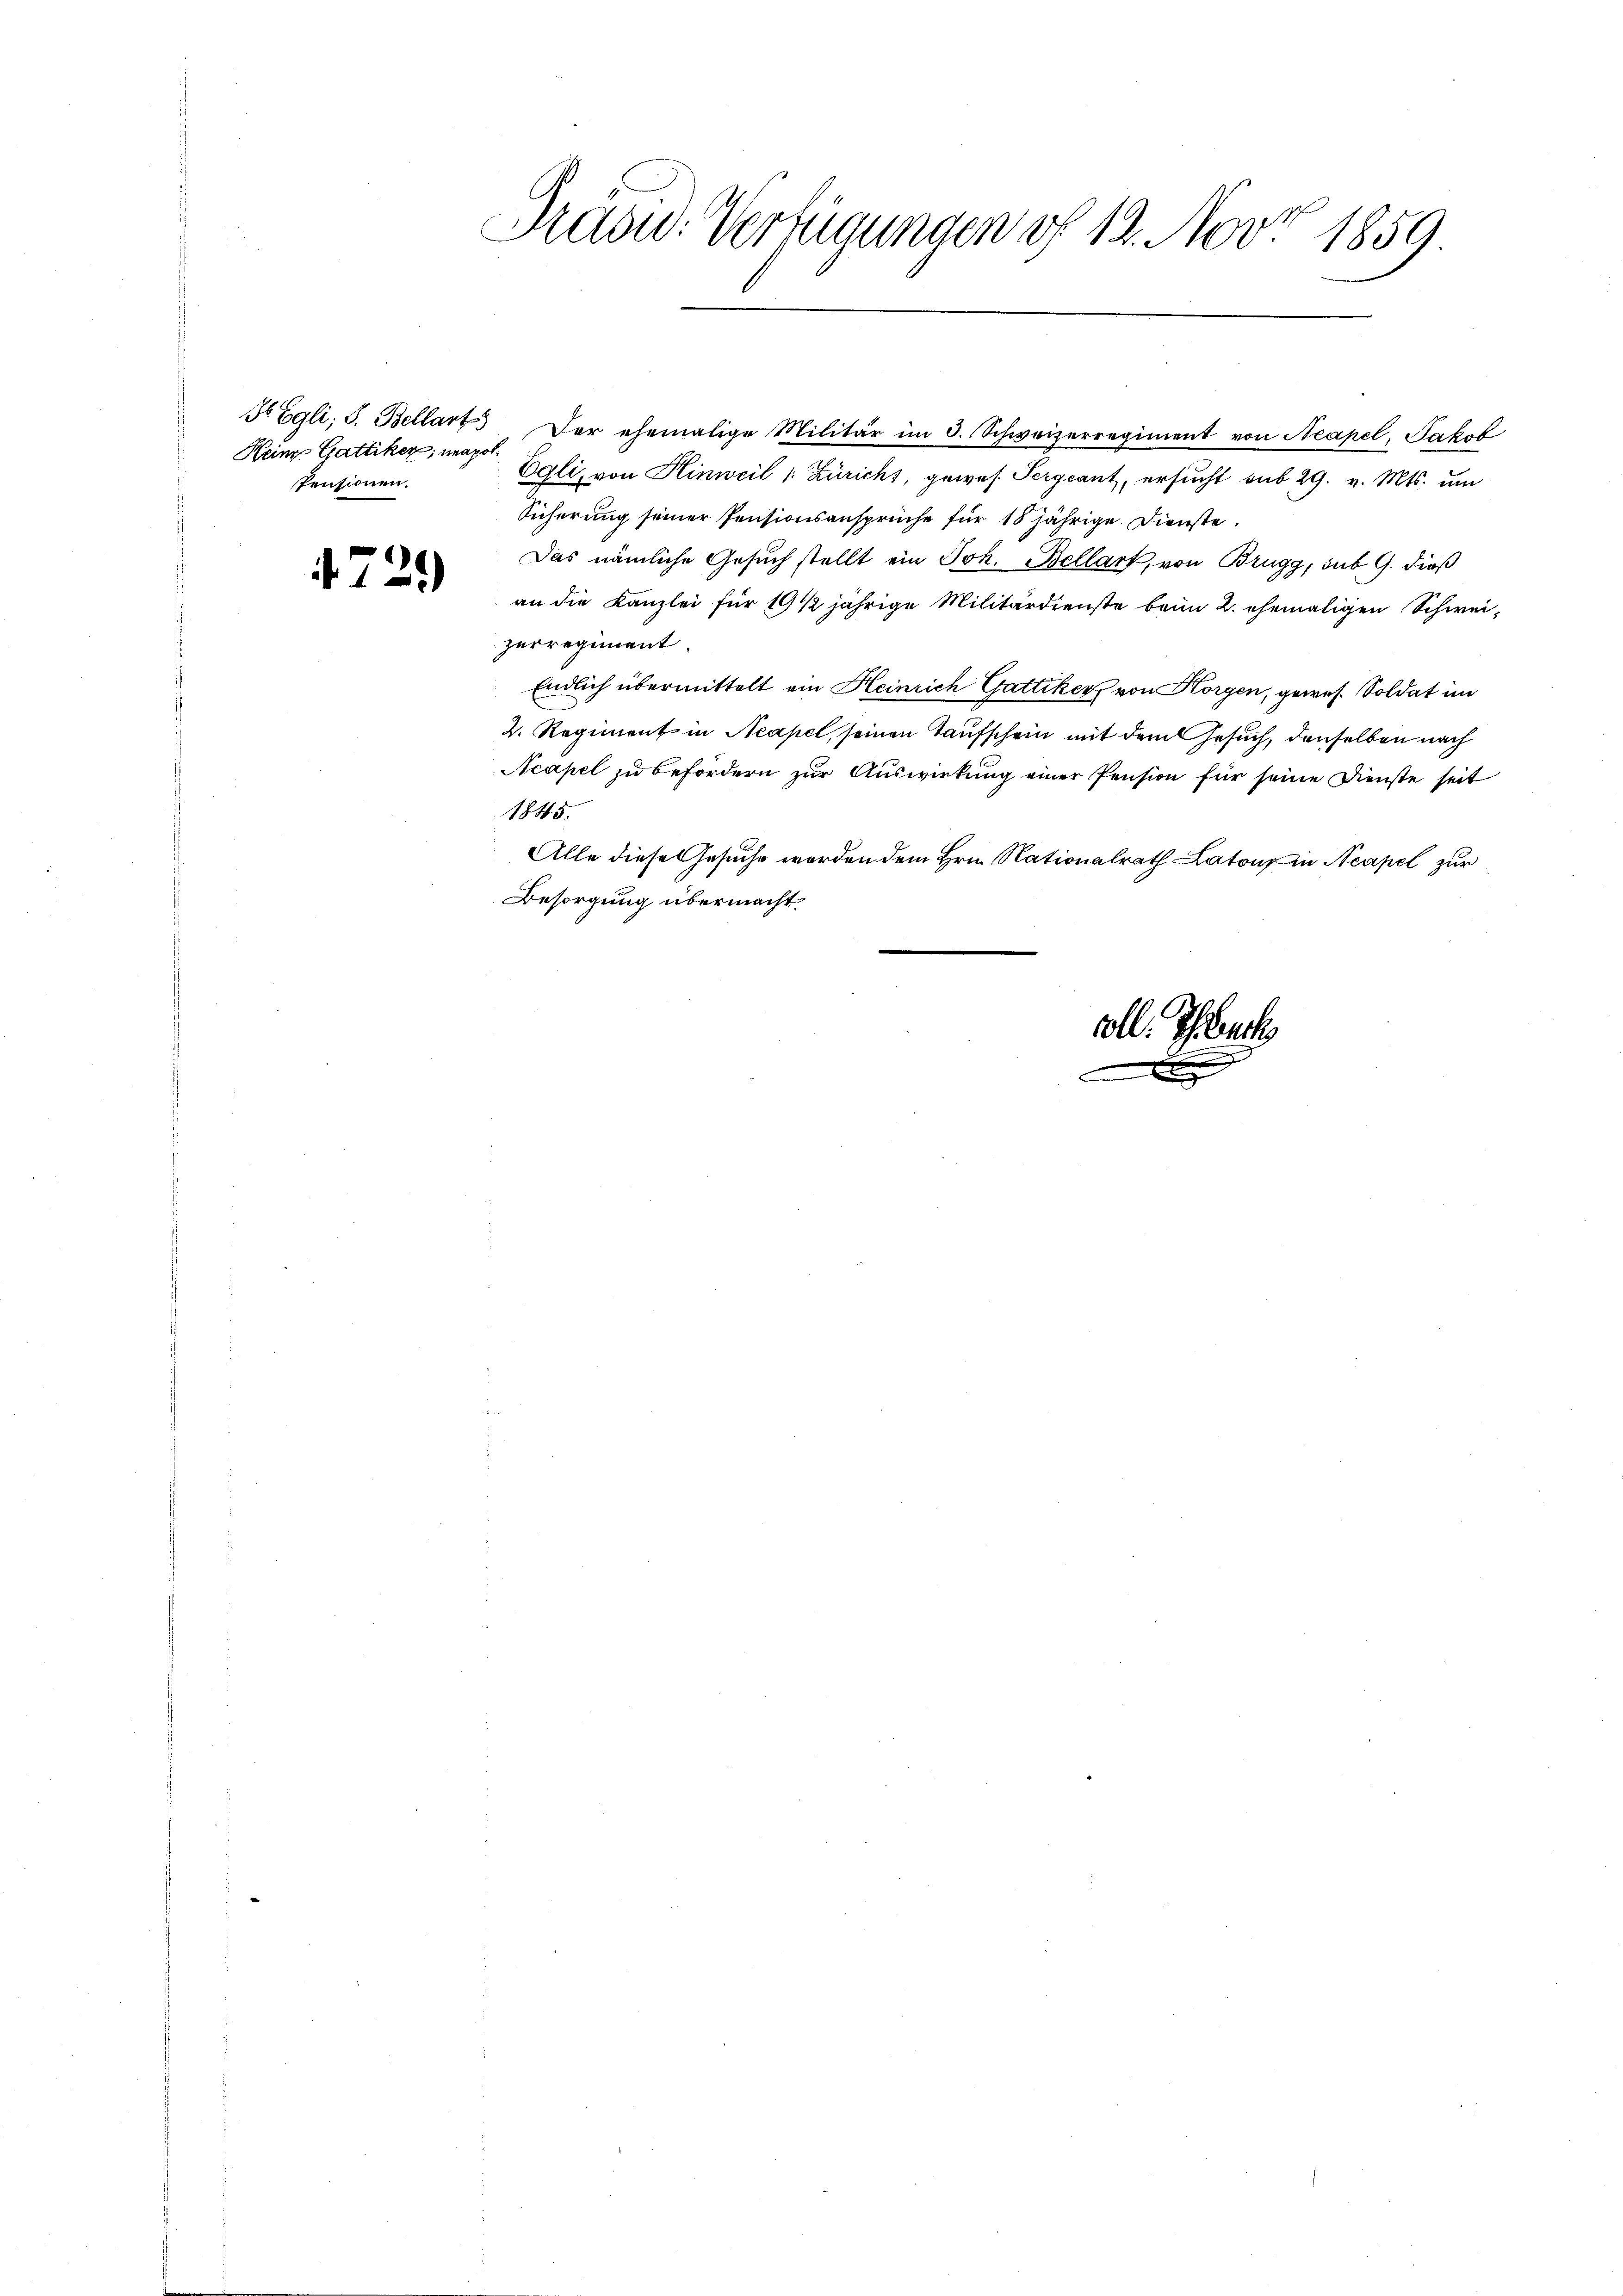
Heine Gattiker, unapol.
Pensionen.

472.

.
Präsu: Verzigungen § 19. Nov. 1859.
ge

Fr Egli, S. Bellart. Der ehemalige Militär im 3. Schweizerregiment von Neapel, Jakob
Egli, von Hinweil (: Zürichs, gewes Sergcant, ersucht sub 29. v. Mts. um
Sicherung seiner Pensionsansprüche für 18 jährige Dienste.
Das nämliche Gesuch stellt ein Joh. Bellart, von Brugg, sub 9. dieß
an die Kanzlei für 19 1/2 jährige Militärdienste beim 2. ehemaligen Schweizerregiment
Endlich übermittelt ein Heinrich Gattikerz von Horgen, gewes. Soldat im
2. Regiment in Neapel, seinen Taufschein mit dem Gesuch, denselben nach
Neapel zu befördern zur Auswirkung einer Pension für seine Dienste seit
1845.
Alle diese Gesuche werden dem Hrn. Nationalrath Latons in Neapel zur
Besorgung übermacht.

oll. Scheuch
e